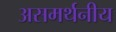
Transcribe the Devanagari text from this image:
असमर्थनीय